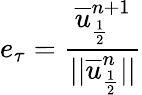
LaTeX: e_{\tau}=\frac{\overline{{u}}_{\frac{1}{2}}^{n+1}}{||\overline{{u}}_{\frac{1}{2}}^{n}||}